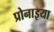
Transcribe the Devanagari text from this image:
प्रोनाइया